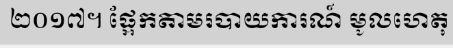
២០១៧។ ផ្អែកតាមរបាយការណ៍ មូលហេតុ